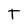
Character: T